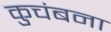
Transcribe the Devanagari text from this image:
कुचंबना